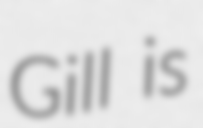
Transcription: Gill is